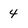
Character: 4